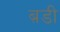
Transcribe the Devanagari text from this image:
ब़डी